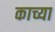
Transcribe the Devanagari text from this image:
काच्या